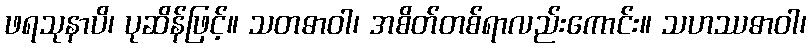
ဖရသုနာပိ၊ ပုဆိန်ဖြင့်။ သတဓာဝါ၊ အစိတ်တစ်ရာလည်းကောင်း။ သဟဿဓာဝါ၊